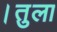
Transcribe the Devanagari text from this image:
।तुला